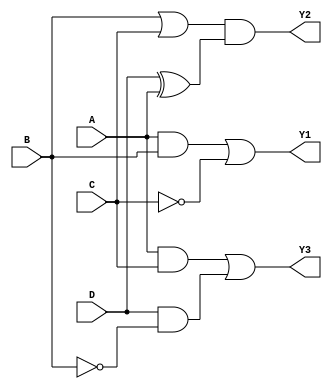
module combinational_logic_blocks (
    input wire A,
    input wire B,
    input wire C,
    input wire D,
    output wire Y1, // Output for Group 1
    output wire Y2, // Output for Group 2
    output wire Y3  // Output for Group 3
);

// Group 1: Logic operation using A, B, and C
// Example: Y1 = (A AND B) OR (NOT C)
wire G1_A_B; // Intermediate signal for AND operation
wire G1_NOT_C; // Intermediate signal for NOT operation

assign G1_A_B = A & B; // AND operation
assign G1_NOT_C = ~C; // NOT operation
assign Y1 = G1_A_B | G1_NOT_C; // OR operation

// Group 2: Logic operation using B, C, and D (overlapping with Group 1 on B)
// Example: Y2 = (B OR C) AND (D XOR A)
wire G2_B_C; // Intermediate signal for OR operation
wire G2_D_XOR_A; // Intermediate signal for XOR operation

assign G2_B_C = B | C; // OR operation
assign G2_D_XOR_A = D ^ A; // XOR operation
assign Y2 = G2_B_C & G2_D_XOR_A; // AND operation

// Group 3: Logic operation using A, C, and D (overlapping with Group 1 on A and Group 2 on D)
// Example: Y3 = (A AND C) OR (D AND NOT B)
wire G3_A_C; // Intermediate signal for AND operation
wire G3_D_NOT_B; // Intermediate signal for AND operation

assign G3_A_C = A & C; // AND operation
assign G3_D_NOT_B = D & ~B; // AND operation with NOT
assign Y3 = G3_A_C | G3_D_NOT_B; // OR operation

endmodule